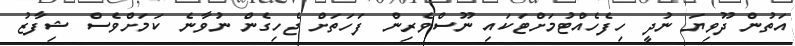
އަތުން ދޫވިޔަ ނުދީ ހިފެހެއްޓުމަށްޓަކައި ނޫސްވެރިން ފަހަތަށް ޖެހިގެން ނުވާނެ ކަމަށްވެސް ޝިފާޒު